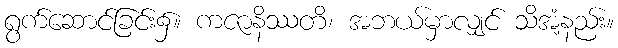
ရွက်ဆောင်ခြင်း၌။ ကဇာနိဿတိ၊ အဘယ်မှာလျှင် သိအံ့နည်း။